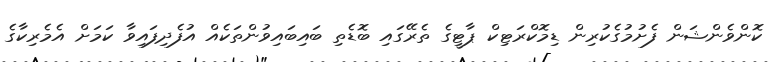
ކޮންވެންޝަން ފެށުމުގެކުރިން ޑިމޮކްރަޓިކް ޕާޓީގެ ތެރޭގައި ބޮޑެތި ބައިބައިވުންތަކެއް އުފެދިފައިވާ ކަމަށް އެމެރިކާގެ